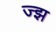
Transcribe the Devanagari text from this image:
ज्झ